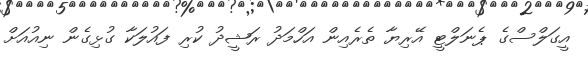
އީގަލްސްގެ ޕެނަލްޓީ އޭރިޔާ ތެރެއިން އަހްމަދު ރަޝީދު ކުރި ފައުލަކާ ގުޅިގެން ނިއުއަށް